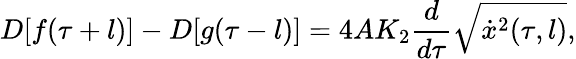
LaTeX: D[f(\tau+l)]-D[g(\tau-l)]=4AK_{2}\frac{d}{d\tau}\sqrt{\dot{x}^{2}(\tau,l)},